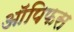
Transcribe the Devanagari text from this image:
ऑपिफस